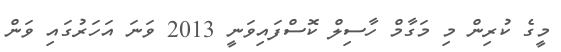
މީގެ ކުރިން މި މަގާމް ހާސިލް ކޮސްފައިވަނީ 2013 ވަނަ އަހަރުގައި ވަން